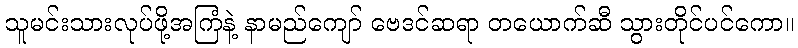
သူမင်းသားလုပ်ဖို့အကြံနဲ့ နာမည်ကျော် ဗေဒင်ဆရာ တယောက်ဆီ သွားတိုင်ပင်ကော။